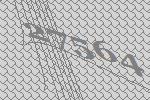
27564